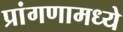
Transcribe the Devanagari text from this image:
प्रांगणामध्ये